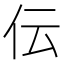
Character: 伝